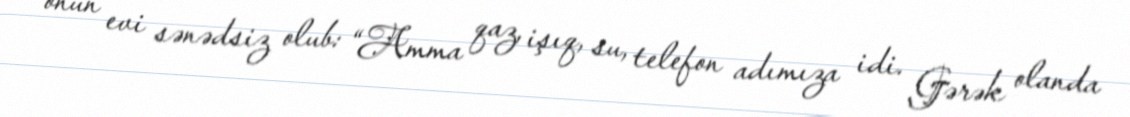
onun evi sənədsiz olub: “Amma qaz, işıq, su, telefon adımıza idi. Gərək olanda